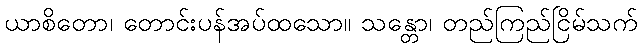
ယာစိတော၊ တောင်းပန်အပ်ထသော။ သန္တော၊ တည်ကြည်ငြိမ်သက်